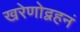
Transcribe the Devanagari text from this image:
खरेणोद्वहनं